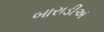
બારાડીએ